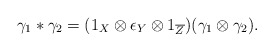
\begin{gather*}\gamma_1 \ast \gamma_2 = (1_X \otimes \epsilon_Y\otimes 1_{\overline{Z}}) (\gamma_1\otimes \gamma_2).\end{gather*}